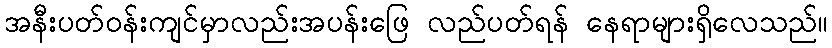
အနီးပတ်ဝန်းကျင်မှာလည်းအပန်းဖြေ လည်ပတ်ရန် နေရာများရှိလေသည်။